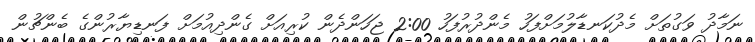
ނަމާދު ވަގުތަށް މެދުކަނޑާލުމަށްފަހު މެންދުރުފަހު 2:00 ޖަހަންދެން ކުރިއަށް ގެންދިއުމަށް ފަނޑިޔާރުންގެ ބެންޗުން